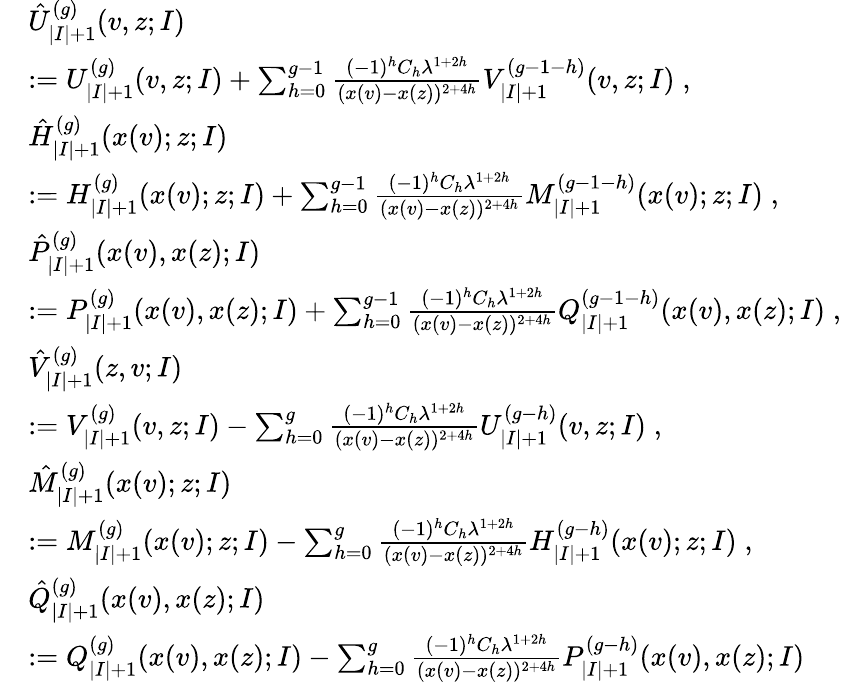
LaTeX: \begin{array}{rl}&{\hat{U}_{|I|+1}^{(g)}(v,z;I)}\\ &{:=U_{|I|+1}^{(g)}(v,z;I)+\sum_{h=0}^{g-1}\frac{(-1)^{h}C_{h}\lambda^{1+2h}}{(x(v)-x(z))^{2+4h}}V_{|I|+1}^{(g-1-h)}(v,z;I)\; ,}\\ &{\hat{H}_{|I|+1}^{(g)}(x(v);z;I)}\\ &{:=H_{|I|+1}^{(g)}(x(v);z;I)+\sum_{h=0}^{g-1}\frac{(-1)^{h}C_{h}\lambda^{1+2h}}{(x(v)-x(z))^{2+4h}}M_{|I|+1}^{(g-1-h)}(x(v);z;I)\; ,}\\ &{\hat{P}_{|I|+1}^{(g)}(x(v),x(z);I)}\\ &{:=P_{|I|+1}^{(g)}(x(v),x(z);I)+\sum_{h=0}^{g-1}\frac{(-1)^{h}C_{h}\lambda^{1+2h}}{(x(v)-x(z))^{2+4h}}Q_{|I|+1}^{(g-1-h)}(x(v),x(z);I)\; ,}\\ &{\hat{V}_{|I|+1}^{(g)}(z,v;I)}\\ &{:=V_{|I|+1}^{(g)}(v,z;I)-\sum_{h=0}^{g}\frac{(-1)^{h}C_{h}\lambda^{1+2h}}{(x(v)-x(z))^{2+4h}}U_{|I|+1}^{(g-h)}(v,z;I)\; ,}\\ &{\hat{M}_{|I|+1}^{(g)}(x(v);z;I)}\\ &{:=M_{|I|+1}^{(g)}(x(v);z;I)-\sum_{h=0}^{g}\frac{(-1)^{h}C_{h}\lambda^{1+2h}}{(x(v)-x(z))^{2+4h}}H_{|I|+1}^{(g-h)}(x(v);z;I)\; ,}\\ &{\hat{Q}_{|I|+1}^{(g)}(x(v),x(z);I)}\\ &{:=Q_{|I|+1}^{(g)}(x(v),x(z);I)-\sum_{h=0}^{g}\frac{(-1)^{h}C_{h}\lambda^{1+2h}}{(x(v)-x(z))^{2+4h}}P_{|I|+1}^{(g-h)}(x(v),x(z);I)}\end{array}